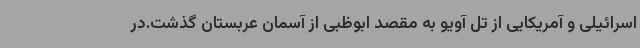
اسرائیلی و آمریکایی از تل آویو به مقصد ابوظبی از آسمان عربستان گذشت.در